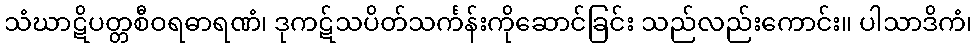
သံဃာဋိပတ္တစီဝရဓာရဏံ၊ ဒုကဋ်သပိတ်သင်္ကန်းကိုဆောင်ခြင်း သည်လည်းကောင်း။ ပါသာဒိကံ၊